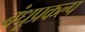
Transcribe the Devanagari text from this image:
बंधूप्रकल्प